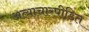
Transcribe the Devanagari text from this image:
अत्याचारपीडित